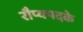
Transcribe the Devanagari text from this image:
रौप्यपदके